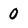
Character: 0